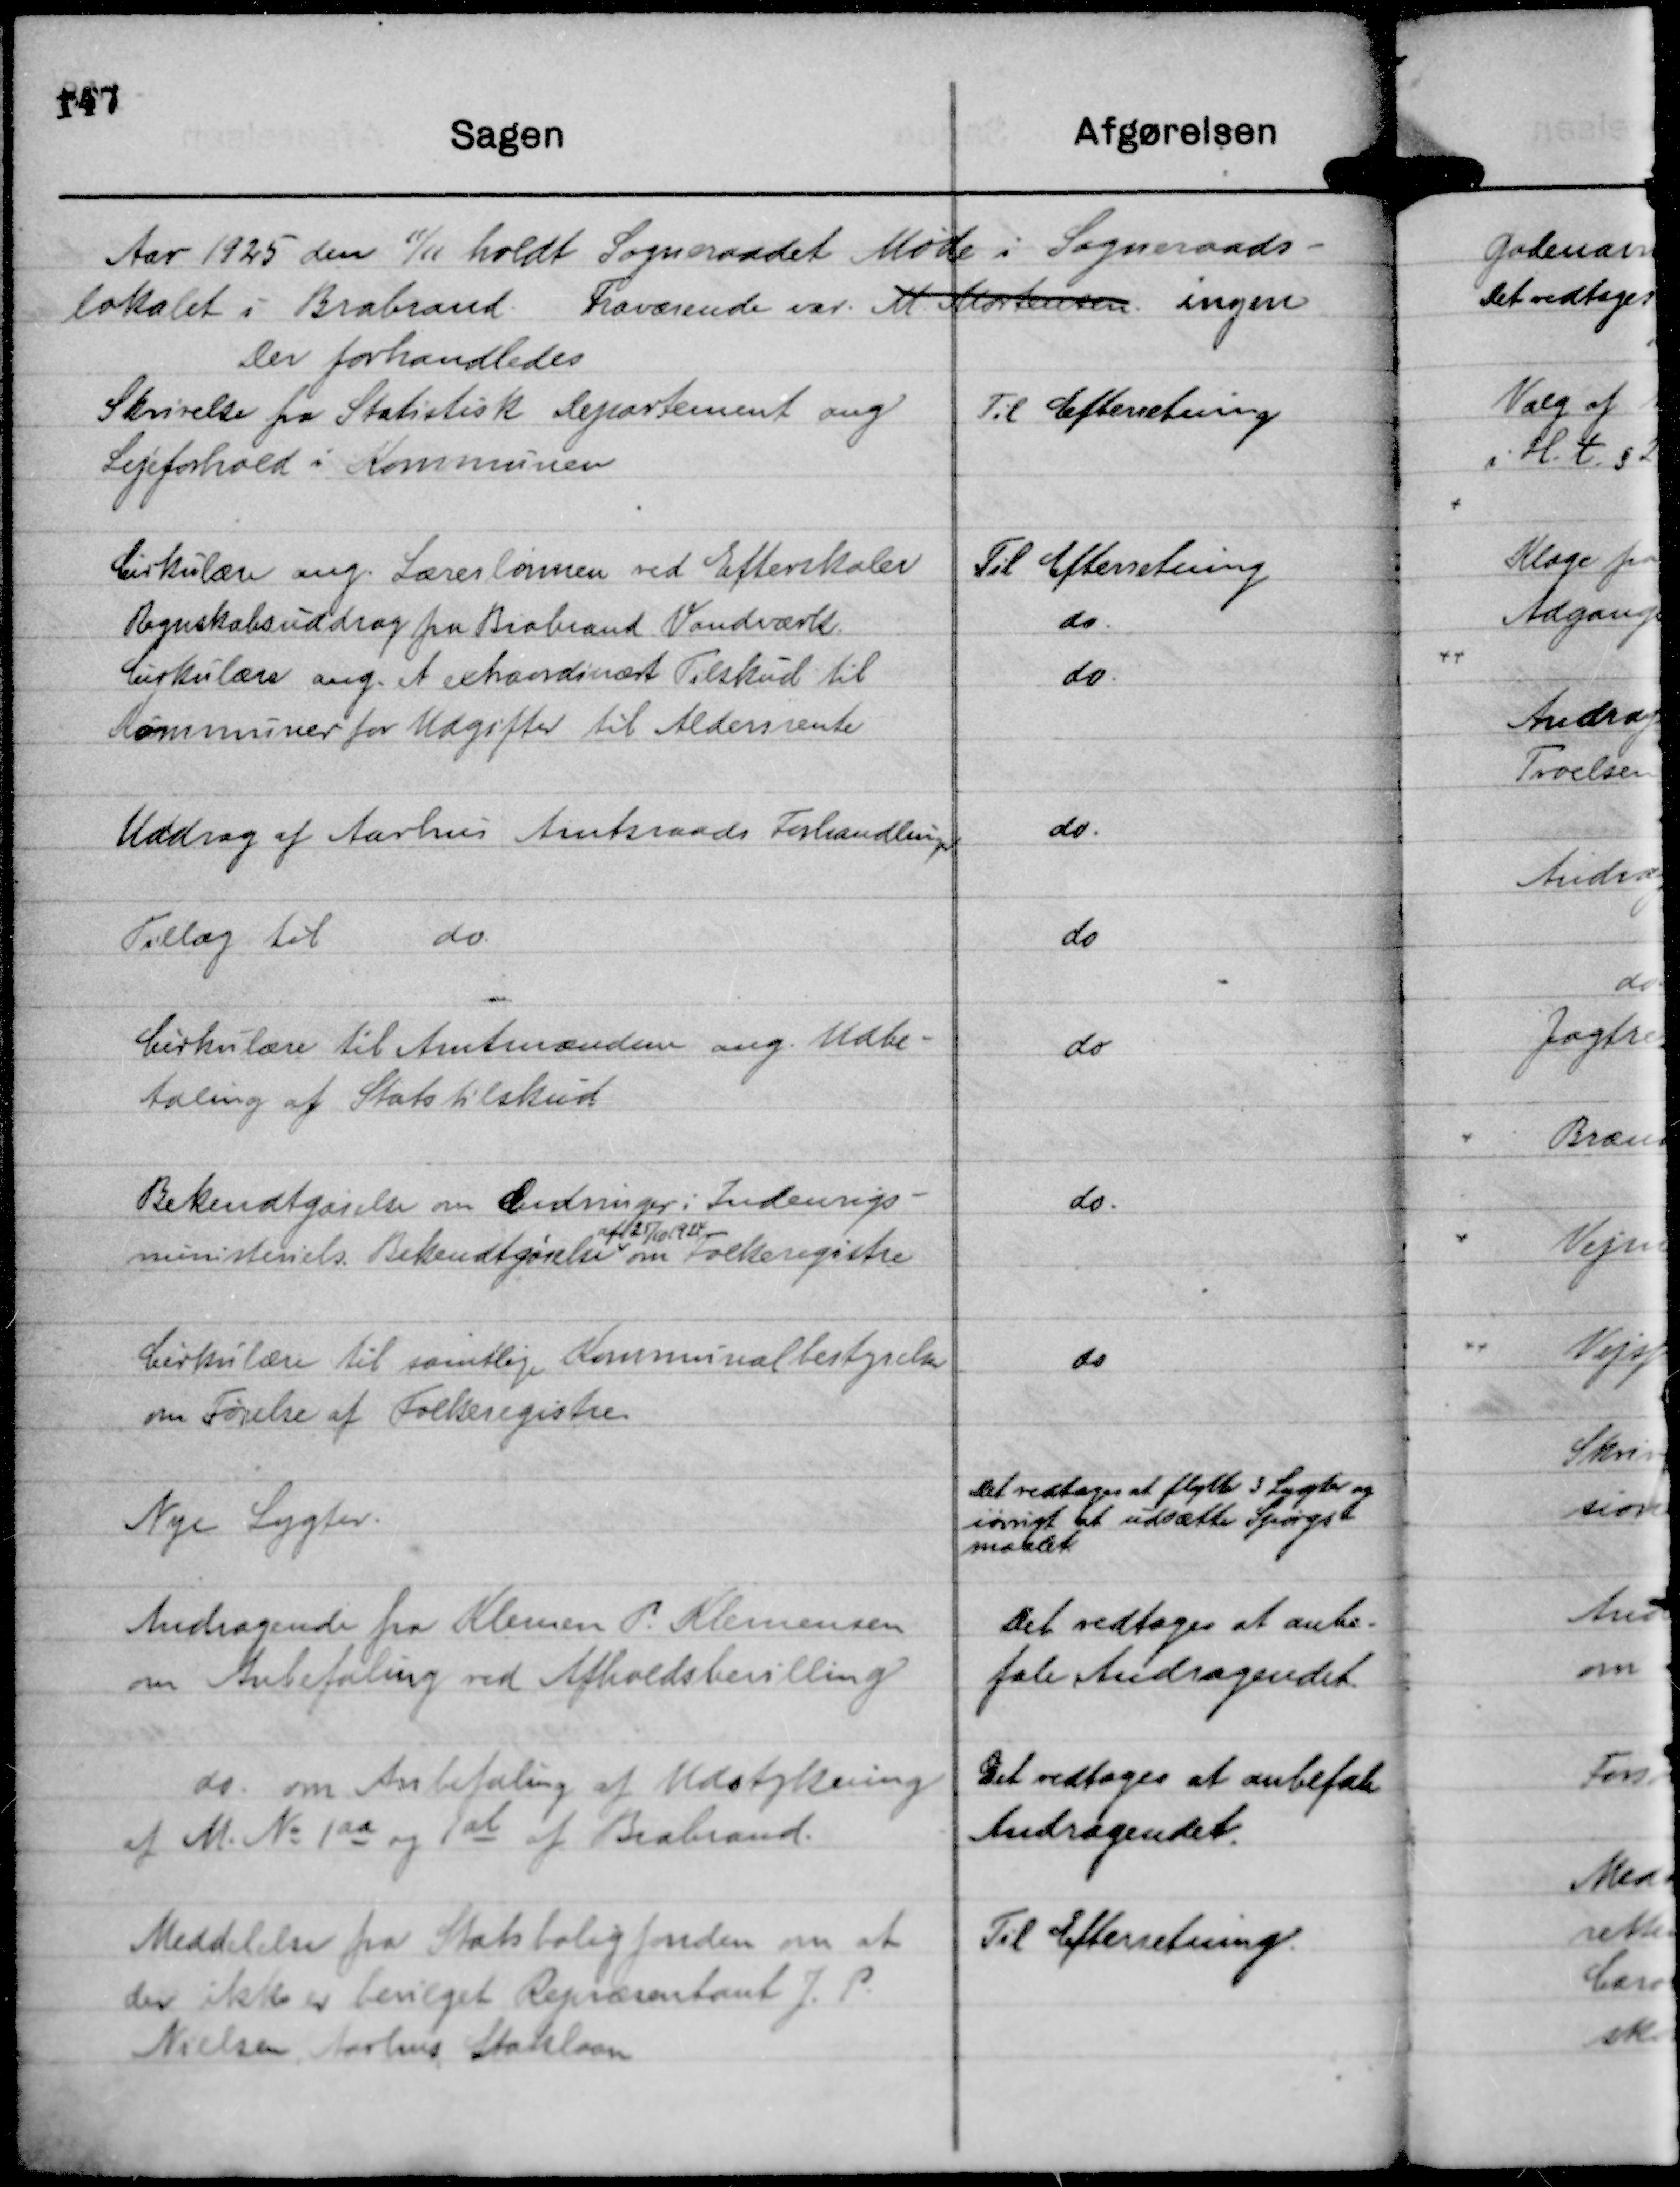
Transskription:
Aar 1925 den 11/11 holdt Sogneraadet Møde i Sogneraads-
lokalet i Brabrand. Fraværende var. M. Mortensen ingen
Der forhandledes

Skrivelse fra Statistisk Departement ang
Lejeforhold i Kommunen

Til Efterretning.

Cirkulære ang. Lærerlønnen ved Efterskoler

Til Efterretning

Regnskabsuddrag fra Brabrand Vandværk.

do.

Cirkulære ang. et extraordinært Tilskud til
Kommuner for Udgifter til Aldersrente

do.

Uddrag af Aarhus Amtsraads Forhandlinger

do.

Tillæg til
do.

do

Cirkulære til Amtmændene ang. Udbe-
taling af Statstilskud

do

Bekendtgørelse om Ændringer i Indenrigs-
ministeriets Bekendtgørelse
af 25/10 1924
om Folkeregistre

do.

Cirkulære til samtlige Kommunalbestyrelser
om Førelse af Folkeregistre..

do

Nye Lygter.

Det vedtages at flytte 3 Lygter og
iøvrigt at udsætte Spørgs-
maalet

Andragende fra Klemen P. Klemensen
om Anbefaling ved Afholdsbevilling

Det vedtages at anbe-
fale Andragendet.

do. om Anbefaling af Udstykning
af M. No 1 aa og 1 ab af Brabrand.

Det vedtages at anbefale
Andragendet.

Meddelelse fra Statsboligfonden om at
der ikke er bevilget Repræsentant J. P.
Nielsen Aarhus, Statslaan

Til Efterretning.